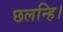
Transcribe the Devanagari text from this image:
छलन्हि।